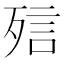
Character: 𣨌